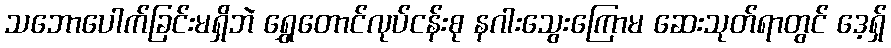
သဘောပေါက်ခြင်းမရှိဘဲ ရွှေတောင်လုပ်ငန်းစု နဂါးသွေးကြောမ ဆေးသုတ်ရာတွင် ဒေ့ရှ်